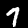
Label: 7